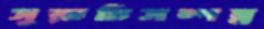
সুরুচিসম্পন্ন